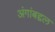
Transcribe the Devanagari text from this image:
अंगांबद्दल